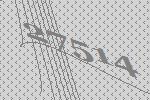
27514